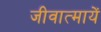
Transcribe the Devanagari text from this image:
जीवात्मायें